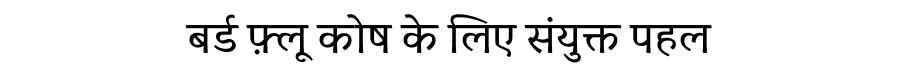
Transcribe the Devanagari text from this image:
बर्ड फ़्लू कोष के लिए संयुक्त पहल